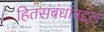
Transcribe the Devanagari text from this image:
हितसंबंधांबद्दल